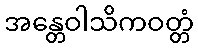
အန္တေဝါသိကဝတ္တံ